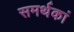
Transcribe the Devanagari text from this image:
समर्थकां